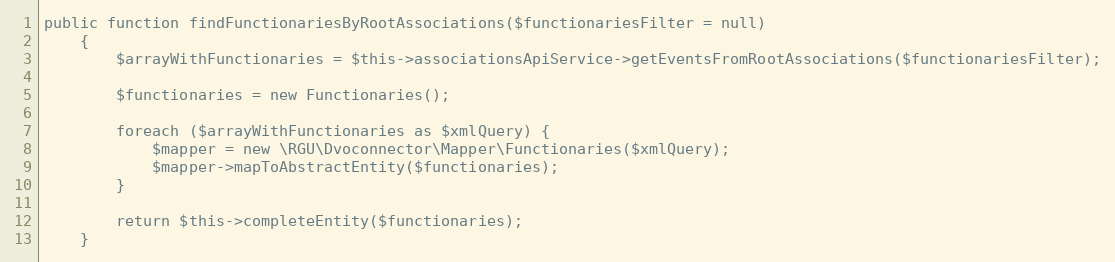
Language: PHP
public function findFunctionariesByRootAssociations($functionariesFilter = null)
    {
        $arrayWithFunctionaries = $this->associationsApiService->getEventsFromRootAssociations($functionariesFilter);

        $functionaries = new Functionaries();

        foreach ($arrayWithFunctionaries as $xmlQuery) {
            $mapper = new \RGU\Dvoconnector\Mapper\Functionaries($xmlQuery);
            $mapper->mapToAbstractEntity($functionaries);
        }

        return $this->completeEntity($functionaries);
    }